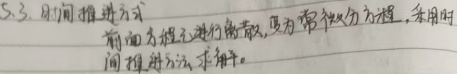
5.3. 时间推进方式
前面方程组进行离散，变为常微分方程组，采用时间推进方法求解。